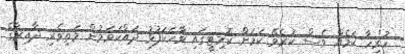
ހުރިހާ ކަމެއް ވެސް ކުރެވޭ ކަމަށް ކޮމިޓީގައި ވާހަކަފުޅު ދައްކަވަމުން މަތިވެރި ދާއިރާގެ